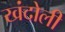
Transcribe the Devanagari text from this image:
खंदोली